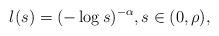
LaTeX: \begin{align*}l(s)=(-\log s)^{-\alpha},s\in(0,\rho),\end{align*}